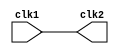
module pps (clk1,clk2);
input   clk1;
output  wire clk2;

assign clk2=clk1;


endmodule